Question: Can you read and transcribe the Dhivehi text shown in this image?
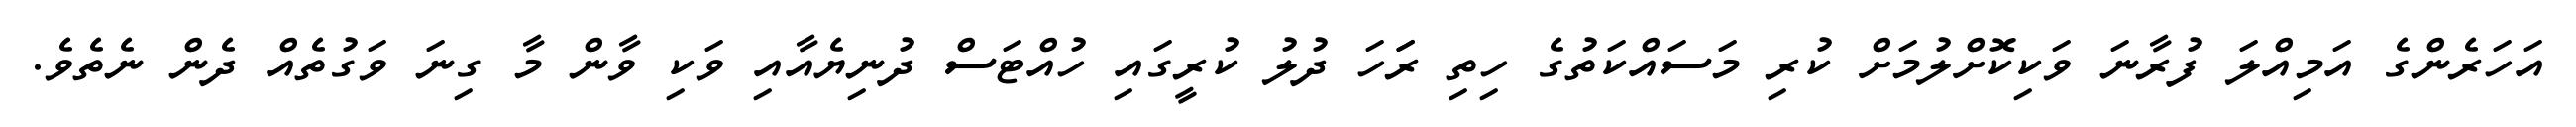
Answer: އަހަރެންގެ އަމިއްލަ ފުރާނަ ވަކިކޮށްލުމަށް ކުރި މަސައްކަތުގެ ހިތި ރަަހަ ދުލު ކުރީގައި ހުއްޓަސް ދުނިޔެއާއި ވަކި ވާން މާ ގިނަ ވަގުތެއް ދެން ނެތެވެ.